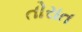
તોરાત